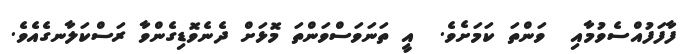
ފާފަފުއްސެވުމާއި  ވަންތަ ކަމަށެވެ.  އީ ތަނަވަސްވަންތަ މޮޅަށް ދެނެވޮޑިގެންވާ ރަސްކަލާނގެއެވެ.